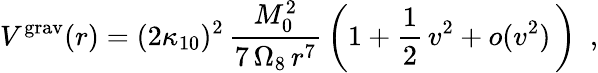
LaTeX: V^{\mathrm{grav}}(r)=(2\kappa_{10})^{2}\, {\frac{M_{0}^{2}}{7\, \Omega_{8}\, r^{7}}}\left(1+\frac{1}{2}\, v^{2}+o(v^{2})\, \right)~~,